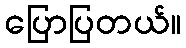
ပြောပြတယ်။